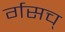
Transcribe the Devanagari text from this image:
र्गसच्